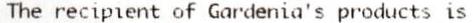
THE RECIPIENT OF GARDENIA'S PRODUCTS IS